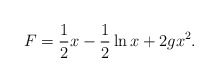
\begin{align*}F = \frac{1}{2}x -\frac{1}{2}\ln x + 2gx^2.\end{align*}